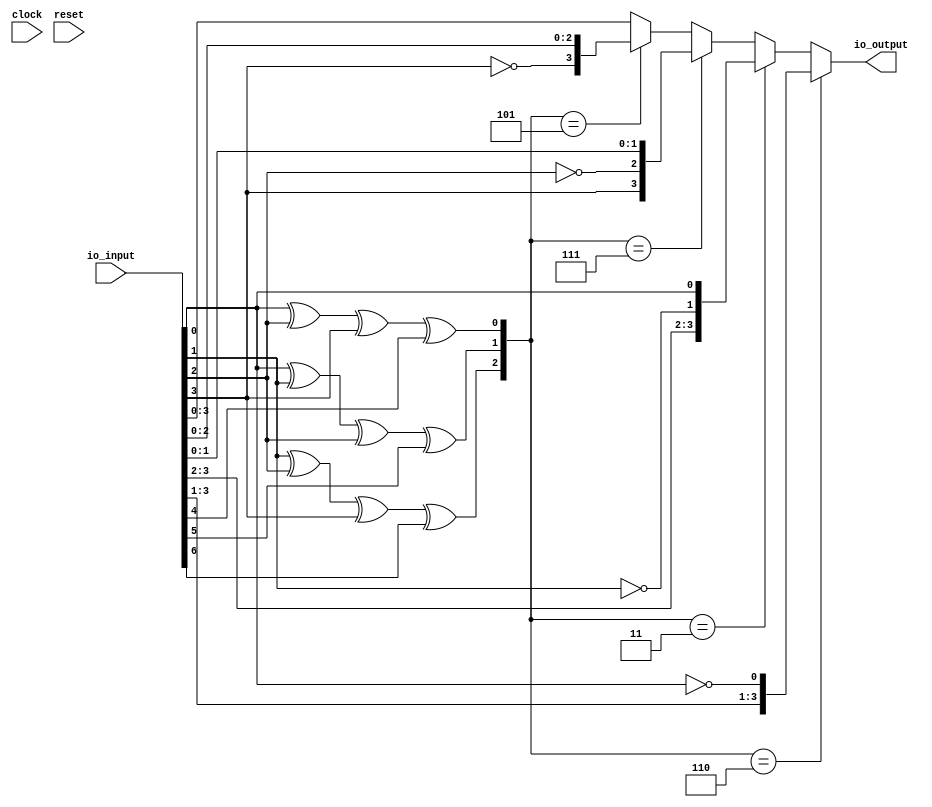
module HammingDecoder7to4(
  input        clock,
  input        reset,
  input  [7:0] io_input,
  output [3:0] io_output
);
  wire  error_code_0 = io_input[0] ^ io_input[2] ^ io_input[3] ^ io_input[4]; // @[HammingDecoder.scala 15:60]
  wire  error_code_1 = io_input[0] ^ io_input[1] ^ io_input[2] ^ io_input[5]; // @[HammingDecoder.scala 16:60]
  wire  error_code_2 = io_input[1] ^ io_input[2] ^ io_input[3] ^ io_input[6]; // @[HammingDecoder.scala 17:60]
  wire [2:0] _T = {error_code_2,error_code_1,error_code_0}; // @[HammingDecoder.scala 19:20]
  wire  _T_1 = _T == 3'h6; // @[HammingDecoder.scala 19:27]
  wire  _io_output_T_4 = ~io_input[0]; // @[HammingDecoder.scala 21:65]
  wire [3:0] _io_output_T_5 = {io_input[3],io_input[2],io_input[1],_io_output_T_4}; // @[Cat.scala 33:92]
  wire  _T_3 = _T == 3'h3; // @[HammingDecoder.scala 23:32]
  wire  _io_output_T_9 = ~io_input[1]; // @[HammingDecoder.scala 25:52]
  wire [3:0] _io_output_T_11 = {io_input[3],io_input[2],_io_output_T_9,io_input[0]}; // @[Cat.scala 33:92]
  wire  _T_5 = _T == 3'h7; // @[HammingDecoder.scala 27:32]
  wire  _io_output_T_14 = ~io_input[2]; // @[HammingDecoder.scala 29:39]
  wire [3:0] _io_output_T_17 = {io_input[3],_io_output_T_14,io_input[1],io_input[0]}; // @[Cat.scala 33:92]
  wire  _T_7 = _T == 3'h5; // @[HammingDecoder.scala 31:32]
  wire  _io_output_T_19 = ~io_input[3]; // @[HammingDecoder.scala 33:26]
  wire [3:0] _io_output_T_23 = {_io_output_T_19,io_input[2],io_input[1],io_input[0]}; // @[Cat.scala 33:92]
  wire [3:0] _io_output_T_28 = {io_input[3],io_input[2],io_input[1],io_input[0]}; // @[Cat.scala 33:92]
  wire [3:0] _GEN_0 = _T_7 ? _io_output_T_23 : _io_output_T_28; // @[HammingDecoder.scala 32:3 33:15 37:15]
  wire [3:0] _GEN_1 = _T_5 ? _io_output_T_17 : _GEN_0; // @[HammingDecoder.scala 28:3 29:15]
  wire [3:0] _GEN_2 = _T_3 ? _io_output_T_11 : _GEN_1; // @[HammingDecoder.scala 24:3 25:15]
  assign io_output = _T_1 ? _io_output_T_5 : _GEN_2; // @[HammingDecoder.scala 20:3 21:15]
endmodule